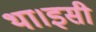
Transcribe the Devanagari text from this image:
था।इसी